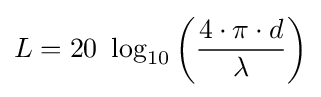
L=20\ \log _{10}\left({\frac {4\cdot \pi \cdot d}{\lambda }}\right)